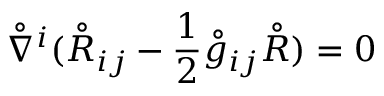
\mathring { \nabla } ^ { i } ( \mathring { R } _ { i j } - \frac 1 2 \mathring { g } _ { i j } \mathring { R } ) = 0